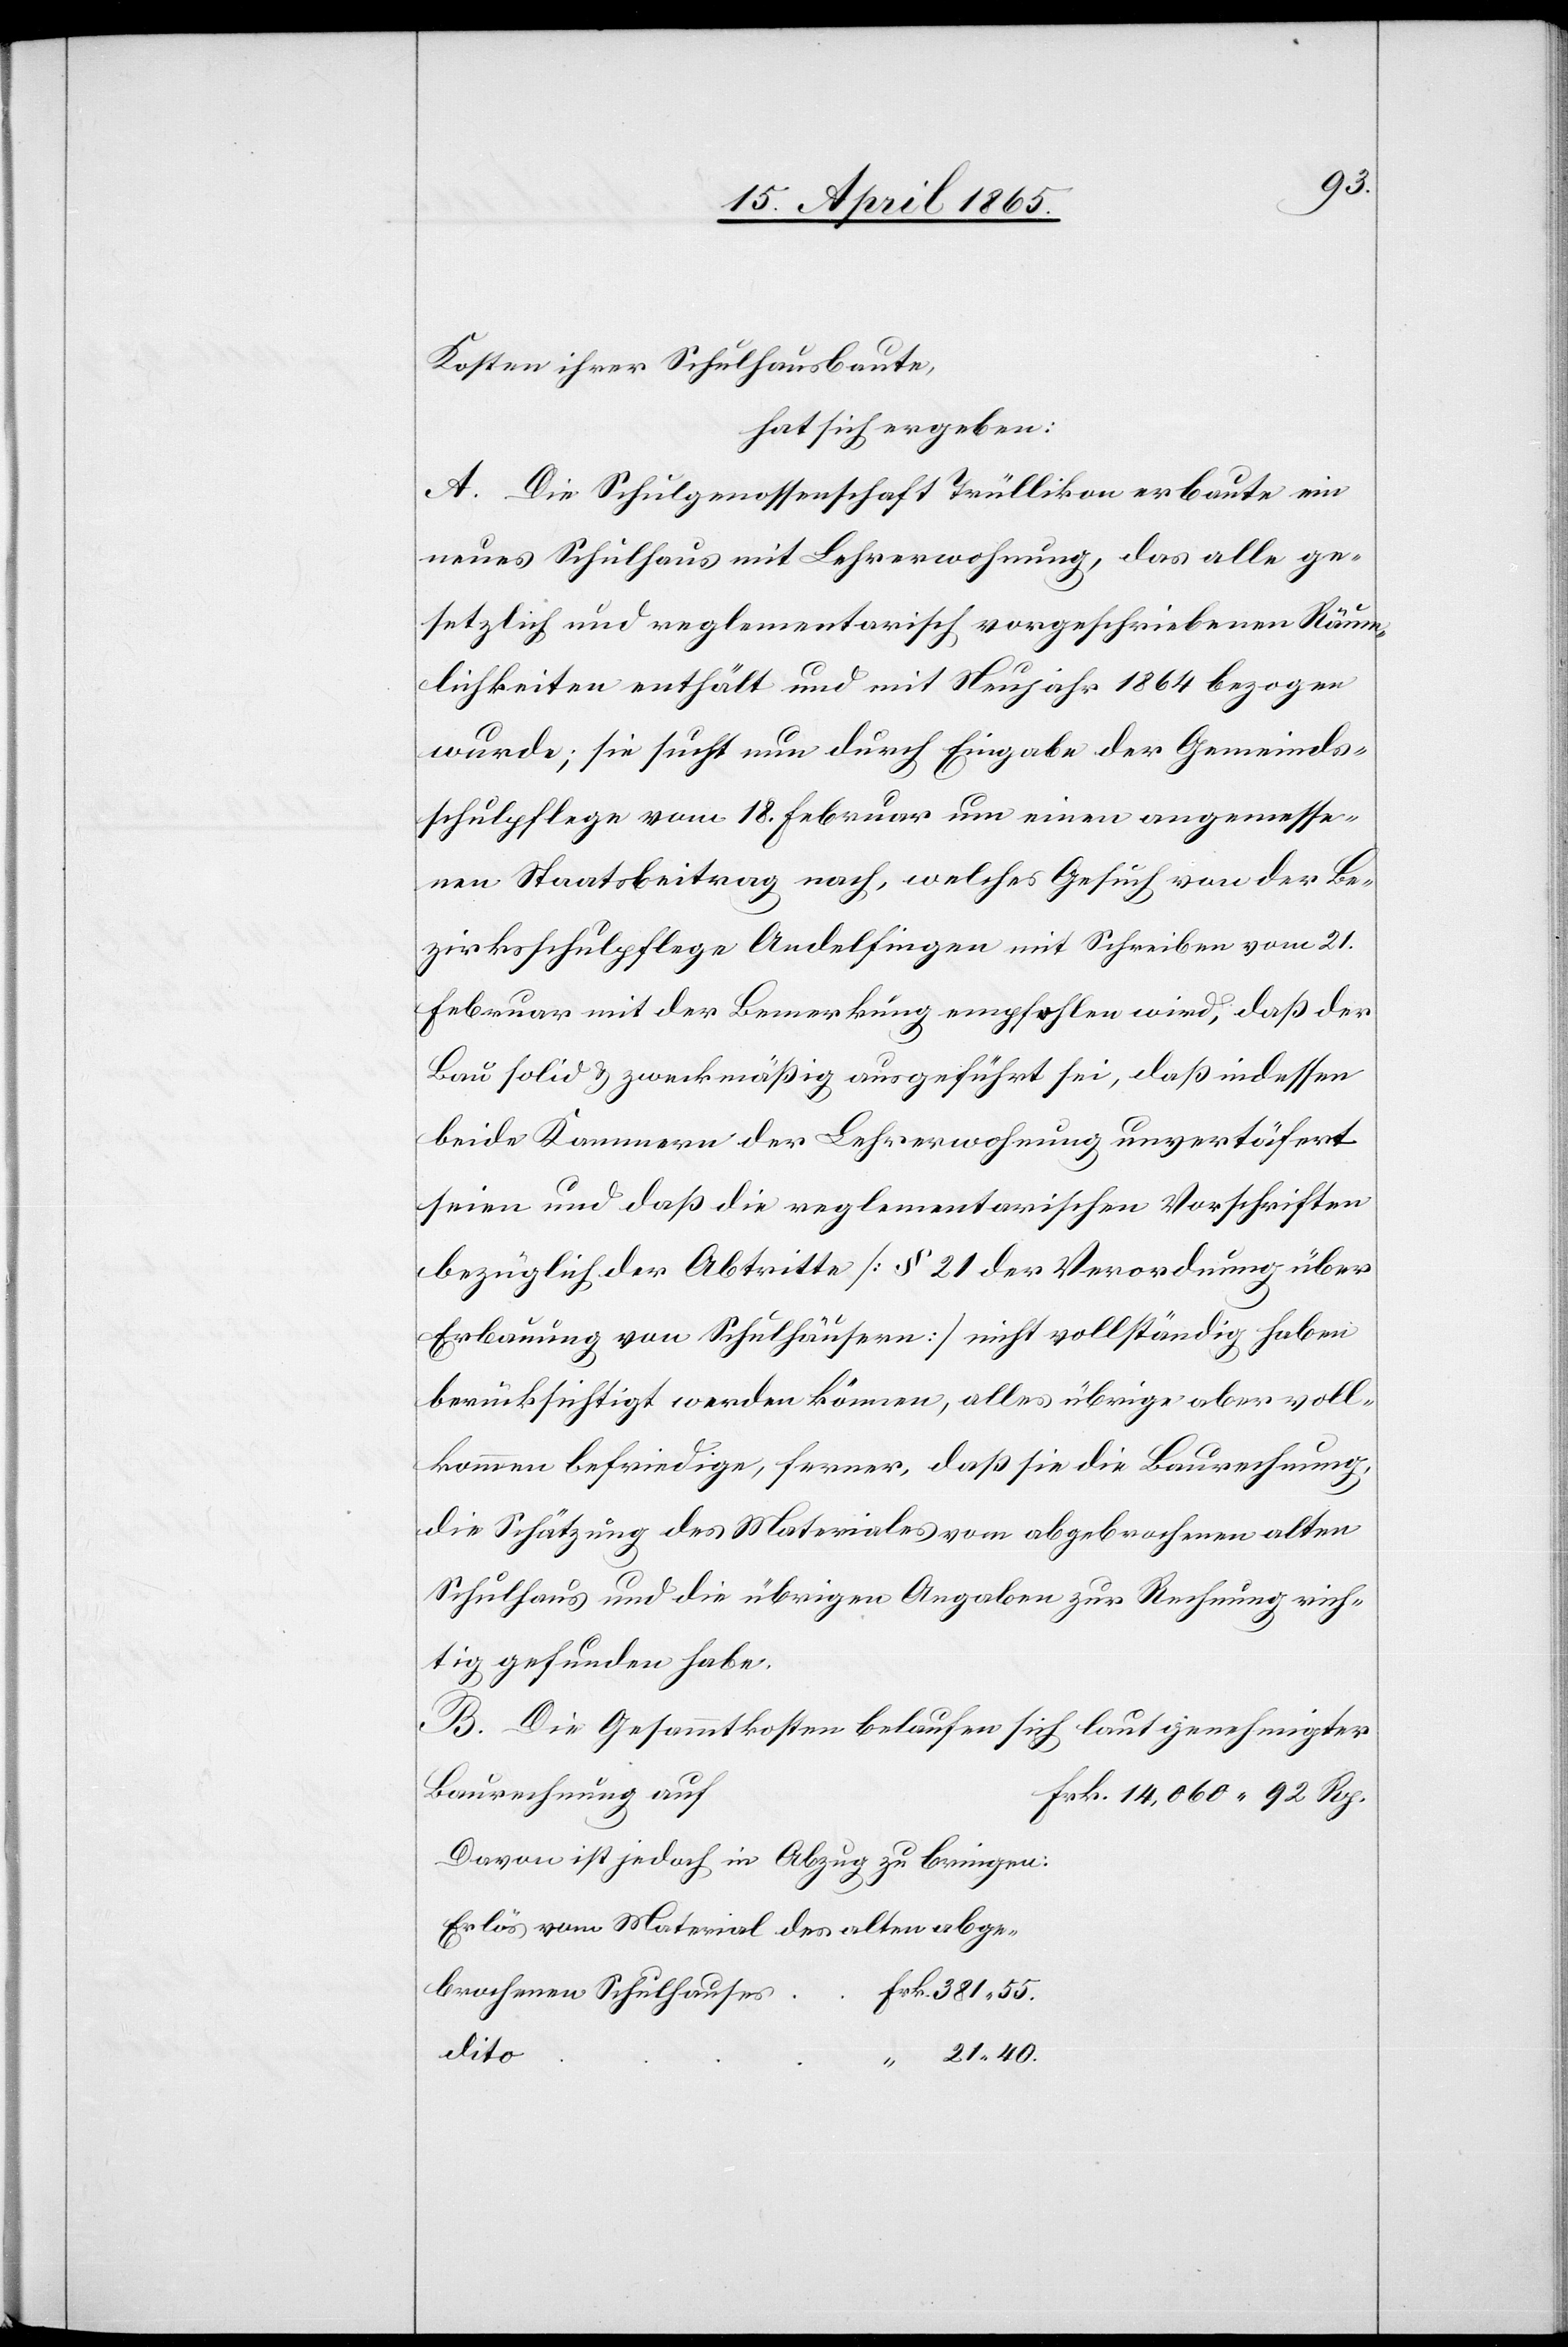
40.
Kosten ihrer Schulhausbaute,
hat sich ergeben:
A. Die Schulgenossenschaft Trüllikon erbaute ein
neues Schulhaus mit Lehrerwohnung, das alle ge¬
setzlich und reglementarisch vorgeschriebenen Räum¬
lichkeiten enthält und mit Neujahr 1864 bezogen
wurde; sie sucht nun durch Eingabe der Gemeinds¬
schulpflege vom 18. Februar um einen angemesse¬
nen Staatsbeitrag nach, welches Gesuch von der Be¬
zirksschulpflege Andelfingen mit Schreiben vom 21.
Februar mit der Bemerkung empfohlen wird, daß der
Bau solid & zweckmäßig ausgeführt sei, daß indessen
beide Kammern der Lehrerwohnung unvertäfert
seien und daß die reglementarischen Vorschriften
bezüglich der Abtritte [§ 21 der Verordnung über
Erbauung von Schulhäusern] nicht vollständig haben
berücksichtigt werden können, alles übrige aber voll¬
kommen befriedige, ferner, daß sie die Baurechnung,
die Schätzung des Materiales vom abgebrochenen alten
Schulhaus und die übrigen Angaben zur Rechnung rich¬
tig gefunden habe.
B. Die Gesammtkosten belaufen sich laut genehmigter
Baurechnung auf
Davon ist jedoch in Abzug zu bringen:
Erlös vom Material des alten abge¬
brochenen Schulhauses
dito